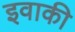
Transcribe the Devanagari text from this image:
इवाकी